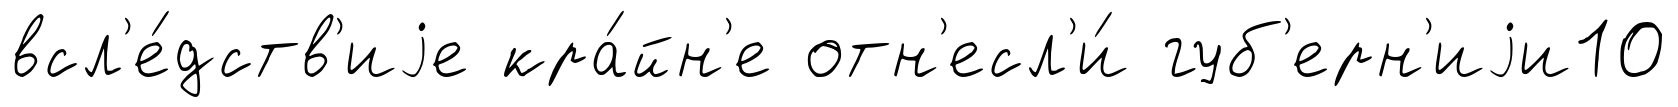
всл'е́дств'иjе кра́йн'е отн'есл'и́ губ'ерн'иjи10